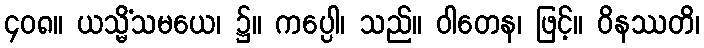
၄၀၈။ ယသ္မိံသမယေ၊ ၌။ ကပ္ပေါ၊ သည်။ ဝါတေန၊ ဖြင့်။ ဝိနဿတိ၊